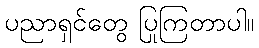
ပညာရှင်တွေ ပြုကြတာပါ။